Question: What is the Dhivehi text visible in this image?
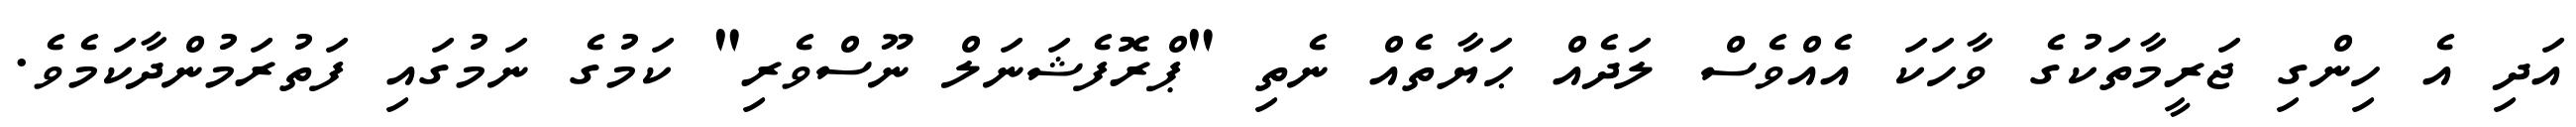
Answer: އަދި އެ ހިންގި ޖަރީމާތަކުގެ ވާހަކަ އެއްވެސް ލަދެއް ޙަޔާތެއް ނެތި "ޕްރޮފެޝަނަލް ނޫސްވެރި" ކަމުގެ ނަމުގައި ފަތުރަމުންދާކަމެވެ.